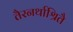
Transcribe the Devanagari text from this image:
तैरनर्थाश्रितै